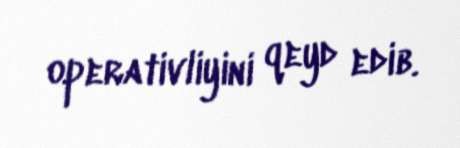
operativliyini qeyd edib.